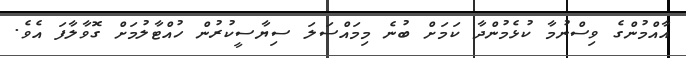
އާއްމުންގެ ވިސްނުމާ ކުޅެމުންދާ ކަމަށް ބުނެ މިމައްސަލަ ސިޔާސީކުރުން ހުއްޓާލުމަށް ގޮވާލާފަ އެވެ.